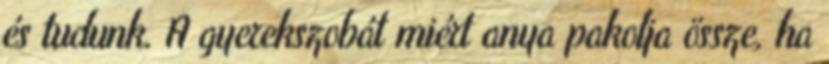
és tudunk. A gyerekszobát miért anya pakolja össze, ha